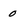
Character: o